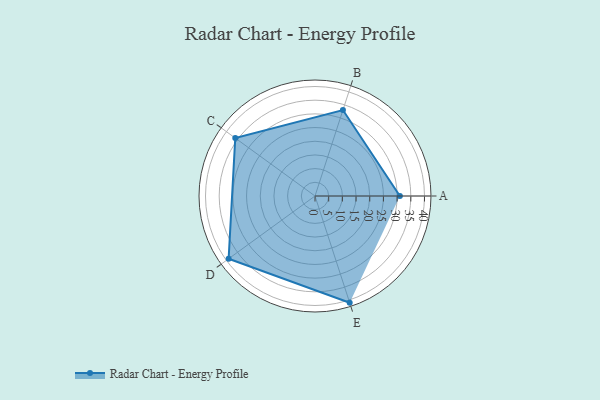
{"axis": {"x": "Skill", "y": "Score"}, "legend": ["Profile"], "data": [{"x": "A", "y": 31.0, "type": "Profile"}, {"x": "B", "y": 33.0, "type": "Profile"}, {"x": "C", "y": 36.0, "type": "Profile"}, {"x": "D", "y": 39.0, "type": "Profile"}, {"x": "E", "y": 41.0, "type": "Profile"}]}